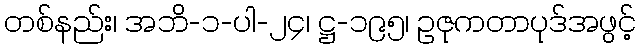
တစ်နည်း၊ အဘိ-၁-ပါ-၂၄၊ ဋ္ဌ-၁၉၅၊ ဥဇုကတာပုဒ်အဖွင့်